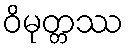
ဝိမုတ္တဿ